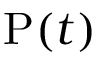
\mathrm { P } ( t )